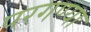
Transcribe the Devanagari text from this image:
परगण्या